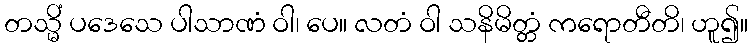
တသ္မိံ ပဒေသေ ပါသာဏံ ဝါ၊ ပေ။ လတံ ဝါ သနိမိတ္တံ ကရောတီတိ၊ ဟူ၍။